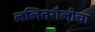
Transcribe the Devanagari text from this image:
ललितशैलीचा